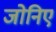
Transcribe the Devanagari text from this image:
जोनिए